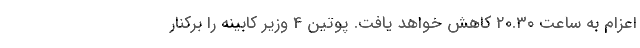
اعزام به ساعت ٢٠.٣٠ کاهش خواهد یافت. پوتین 4 وزیر کابینه را برکنار